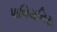
પાબિયનિસ